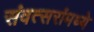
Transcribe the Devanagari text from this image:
संवत्सरांमध्ये